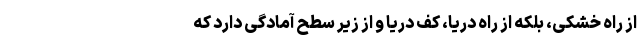
از راه خشکی، بلکه از راه دریا، کف دریا و از زیر سطح آمادگی دارد که